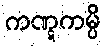
ကဏ္ဋကမ္ပိ